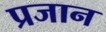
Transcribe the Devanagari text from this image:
प्रजान